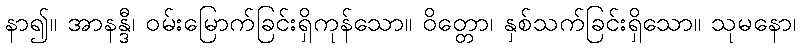
နာ၍။ အာနန္ဒီ၊ ဝမ်းမြောက်ခြင်းရှိကုန်သော။ ဝိတ္တော၊ နှစ်သက်ခြင်းရှိသော။ သုမနော၊